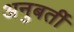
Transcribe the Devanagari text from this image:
अनुबर्ती